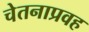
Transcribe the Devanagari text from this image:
चेतनाप्रवह